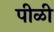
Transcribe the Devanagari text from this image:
पीळी